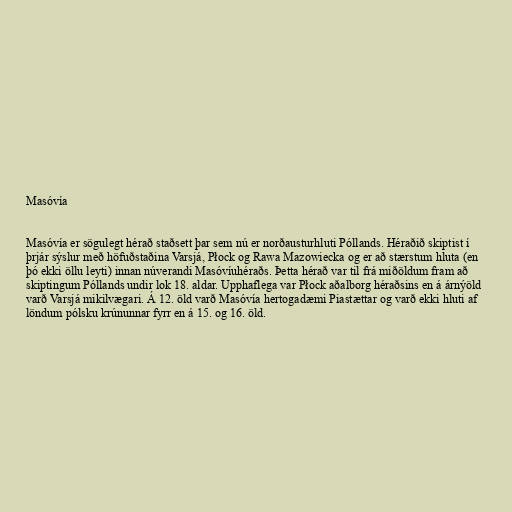
Masóvía

Masóvía er sögulegt hérað staðsett þar sem nú er norðausturhluti Póllands. Héraðið skiptist í
þrjár sýslur með höfuðstaðina Varsjá, Płock og Rawa Mazowiecka og er að stærstum hluta (en
þó ekki öllu leyti) innan núverandi Masóvíuhéraðs. Þetta hérað var til frá miðöldum fram að
skiptingum Póllands undir lok 18. aldar. Upphaflega var Płock aðalborg héraðsins en á árnýöld
varð Varsjá mikilvægari. Á 12. öld varð Masóvía hertogadæmi Piastættar og varð ekki hluti af
löndum pólsku krúnunnar fyrr en á 15. og 16. öld.